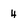
Character: 4